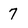
Character: 7